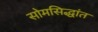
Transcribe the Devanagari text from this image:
सोमसिद्धांत